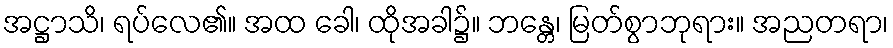
အဋ္ဌာသိ၊ ရပ်လေ၏။ အထ ခေါ၊ ထိုအခါ၌။ ဘန္တေ၊ မြတ်စွာဘုရား။ အညတရာ၊